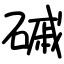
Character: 磩